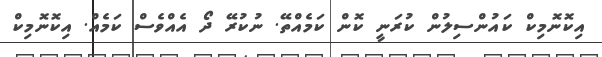
އިކޮނޮމިކް ކައުންސިލުން ކުރަނީ ކޮން ކަމެއްތޭ. ނުކުރޭ ދޯ އެއްވެސް ކަމެއް. އިކޮނޮމިކް